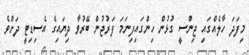
މިފަދަ ހާލެއްގައި ޖިންސީ ގުޅުން ހިންގައިފިނަމަ ފަރުޖުން ބޭރުވާ ދިޔައިގެ އެސިޑިޓީ ދަށްވެ